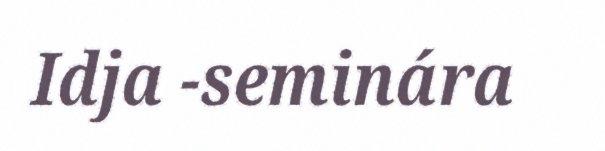
Idja -seminára